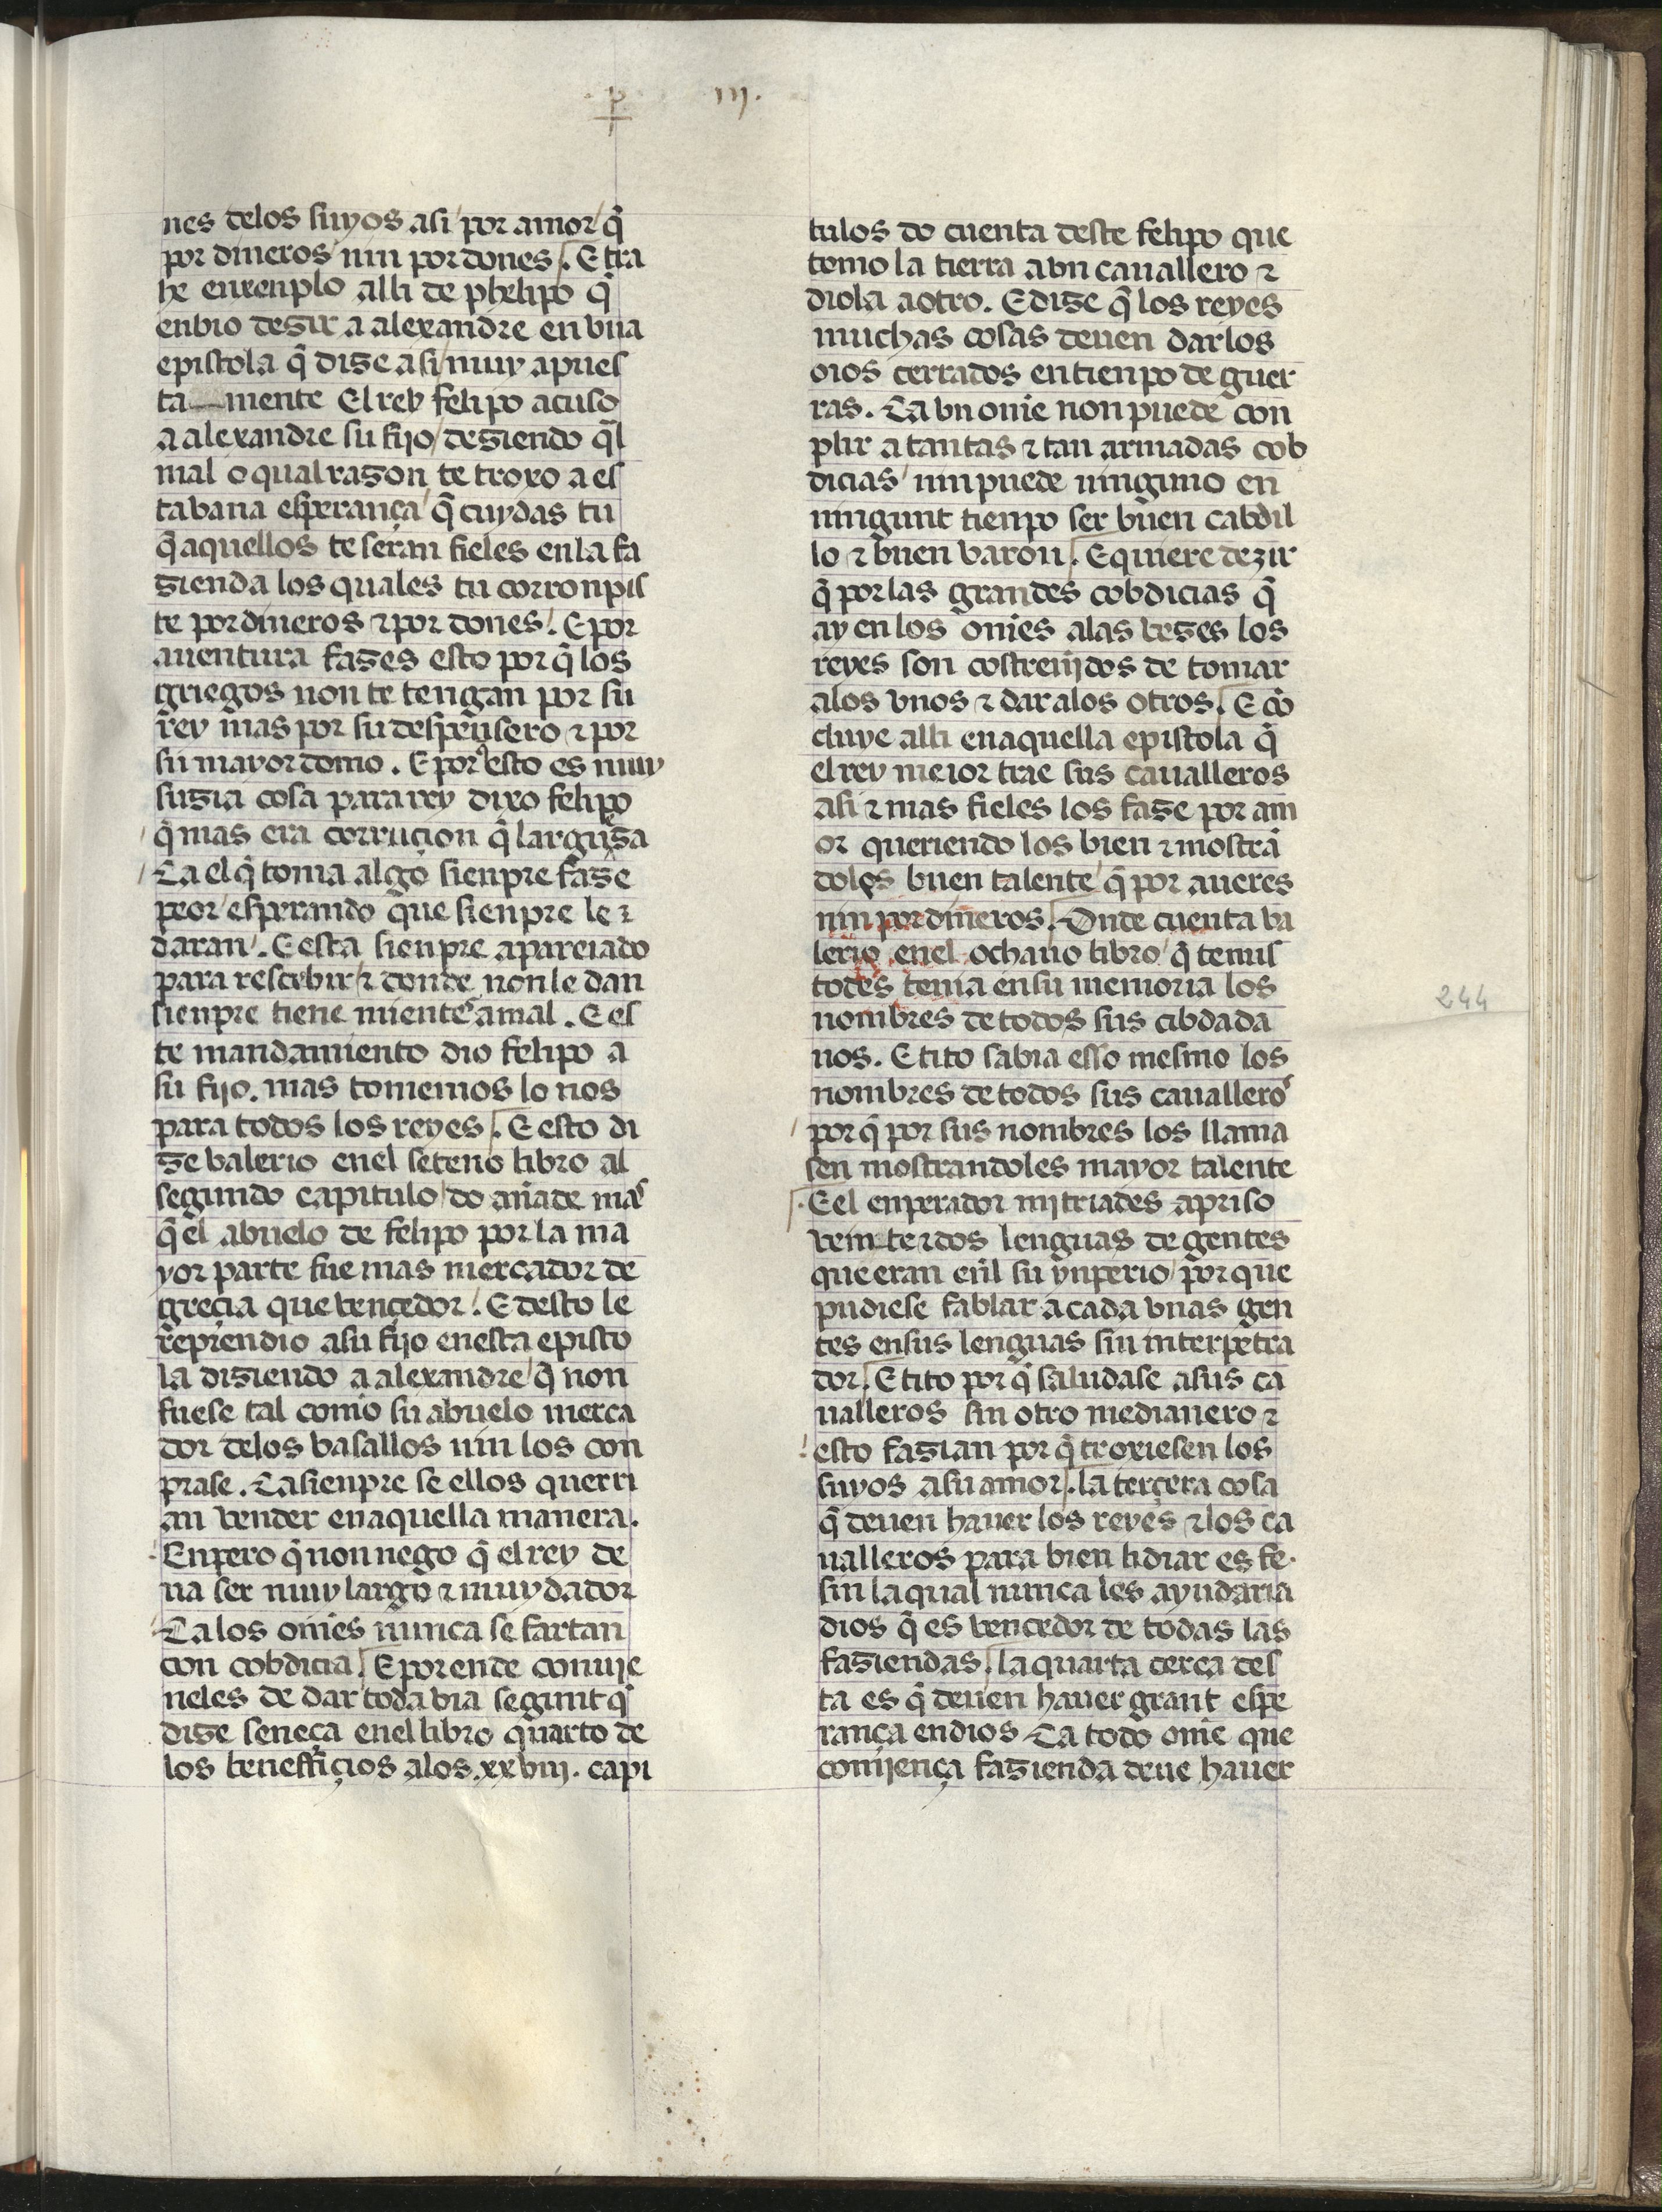
Shelfmark: Madrid, Fundación Lázaro Galdiano, mss 289
Century: 15